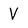
Character: V